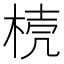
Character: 𣓘